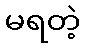
မရတဲ့